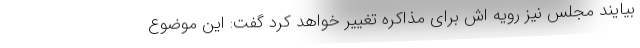
بیایند مجلس نیز رویه اش برای مذاکره تغییر خواهد کرد گفت: این موضوع